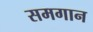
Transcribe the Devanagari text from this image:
समगान